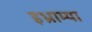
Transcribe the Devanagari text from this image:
इभ्राम्या